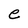
Character: e